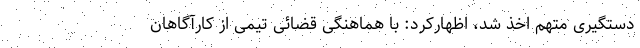
دستگیری متهم اخذ شد، اظهارکرد: با هماهنگی قضائی تیمی از کارآگاهان